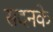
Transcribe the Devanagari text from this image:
सदनके